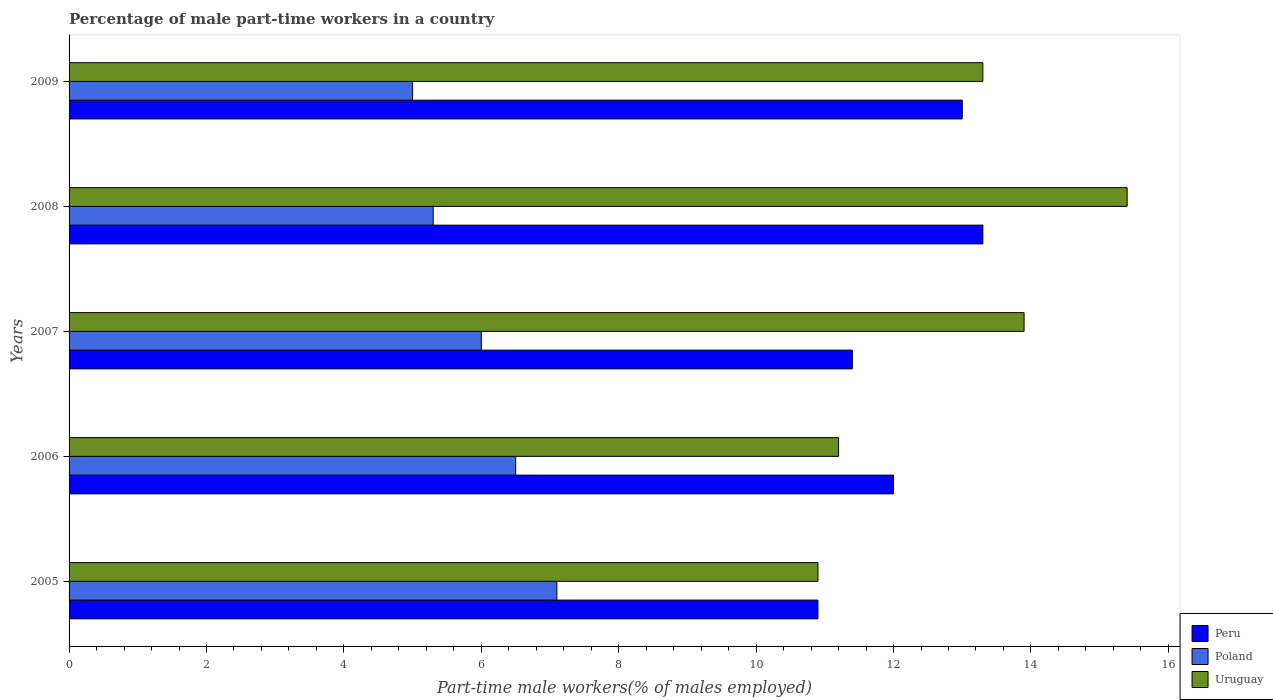
| Years | Peru | Poland | Uruguay |
 | --- | --- | --- | --- |
 | 2005 | 10.9 | 7.1 | 10.9 |
 | 2006 | 12 | 6.5 | 11.2 |
 | 2007 | 11.4 | 6 | 13.9 |
 | 2008 | 13.3 | 5.3 | 15.4 |
 | 2009 | 13 | 5 | 13.3 |